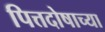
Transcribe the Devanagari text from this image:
पित्तदोषाच्या